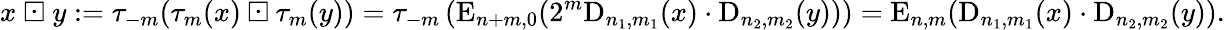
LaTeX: x\ {\boxdot}\ y:=\tau_{-m}(\tau_{m}(x)\boxdot\tau_{m}(y))=\tau_{-m}\left(\mathrm{E}_{n+m,0}(2^{m}\mathrm{D}_{n_{1},m_{1}}(x)\cdot\mathrm{D}_{n_{2},m_{2}}(y))\right)=\mathrm{E}_{n,m}(\mathrm{D}_{n_{1},m_{1}}(x)\cdot\mathrm{D}_{n_{2},m_{2}}(y)).